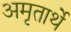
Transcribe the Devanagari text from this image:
अमृतार्थे